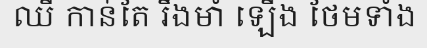
ឈី កាន់តែ រឹងមាំ ឡើង ថែមទាំង